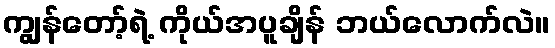
ကျွန်တော့်ရဲ့ ကိုယ်အပူချိန် ဘယ်လောက်လဲ။